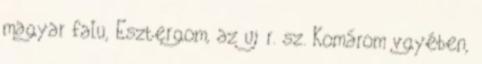
magyar falu, Esztergom, az uj r. sz. Komárom vgyében,